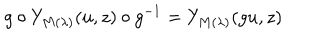
g \circ Y _ { M ( \lambda ) } ( u , z ) \circ g ^ { - 1 } = Y _ { M ( \lambda ) } ( g u , z )